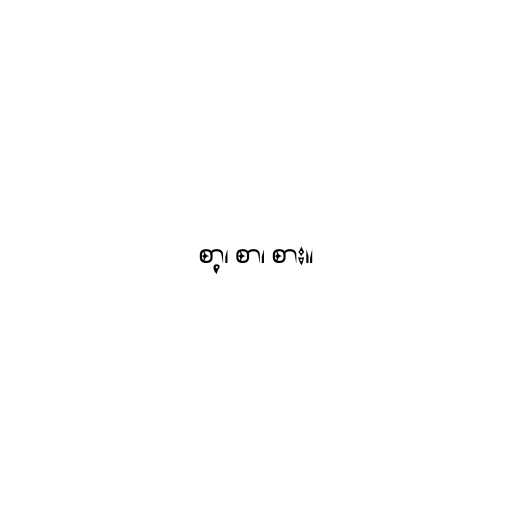
စာ့၊ စာ၊ စား။